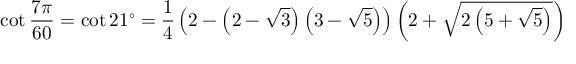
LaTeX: \cot { \frac { 7 \pi } { 6 0 } } = \cot 2 1 ^ { \circ } = { \frac { 1 } { 4 } } \left( 2 - \left( 2 - { \sqrt { 3 } } \right) \left( 3 - { \sqrt { 5 } } \right) \right) \left( 2 + { \sqrt { 2 \left( 5 + { \sqrt { 5 } } \right) } } \right)